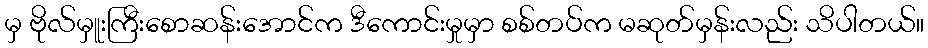
မှ ဗိုလ်မှူးကြီးစောဆန်းအောင်က ဒီကောင်းမှုမှာ စစ်တပ်က မဆုတ်မှန်းလည်း သိပါတယ်။